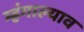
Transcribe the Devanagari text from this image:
म्हंगाल्याव